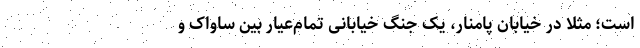
است؛ مثلا در خیابان پامنار، یک جنگ خیابانی تمام‌عیار بین ساواک و